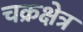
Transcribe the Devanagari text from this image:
चक्रक्षेत्र